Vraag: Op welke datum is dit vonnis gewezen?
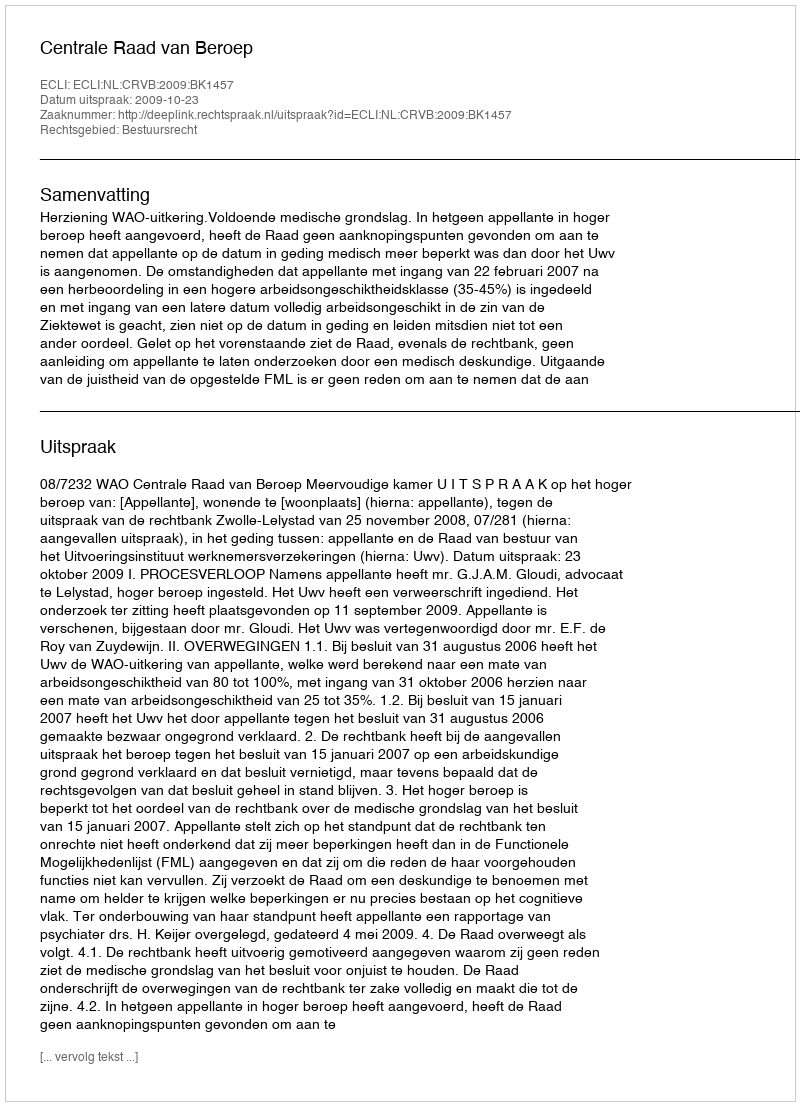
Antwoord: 2009-10-23